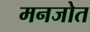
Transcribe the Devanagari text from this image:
मनजोत